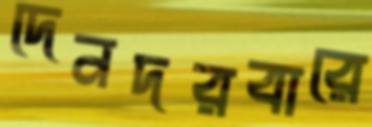
দেনদরবারে